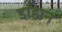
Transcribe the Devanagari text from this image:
डाहान